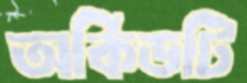
অর্কিডটি